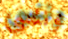
وننسى